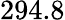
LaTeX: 294.8